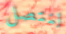
لنتصل